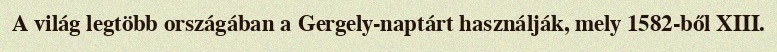
A világ legtöbb országában a Gergely-naptárt használják, mely 1582-ből XIII.